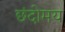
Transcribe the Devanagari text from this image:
छंदोमय